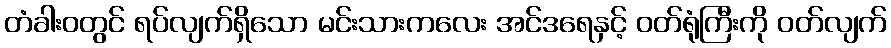
တံခါးဝတွင် ရပ်လျက်ရှိသော မင်းသားကလေး အင်ဒရေနှင့် ဝတ်ရုံကြီးကို ဝတ်လျက်